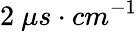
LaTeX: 2~\mu s\cdot cm^{-1}